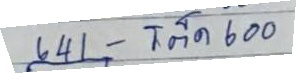
641 - โต๊ด 600